Paatsalu_vallavalitsus, lk 56
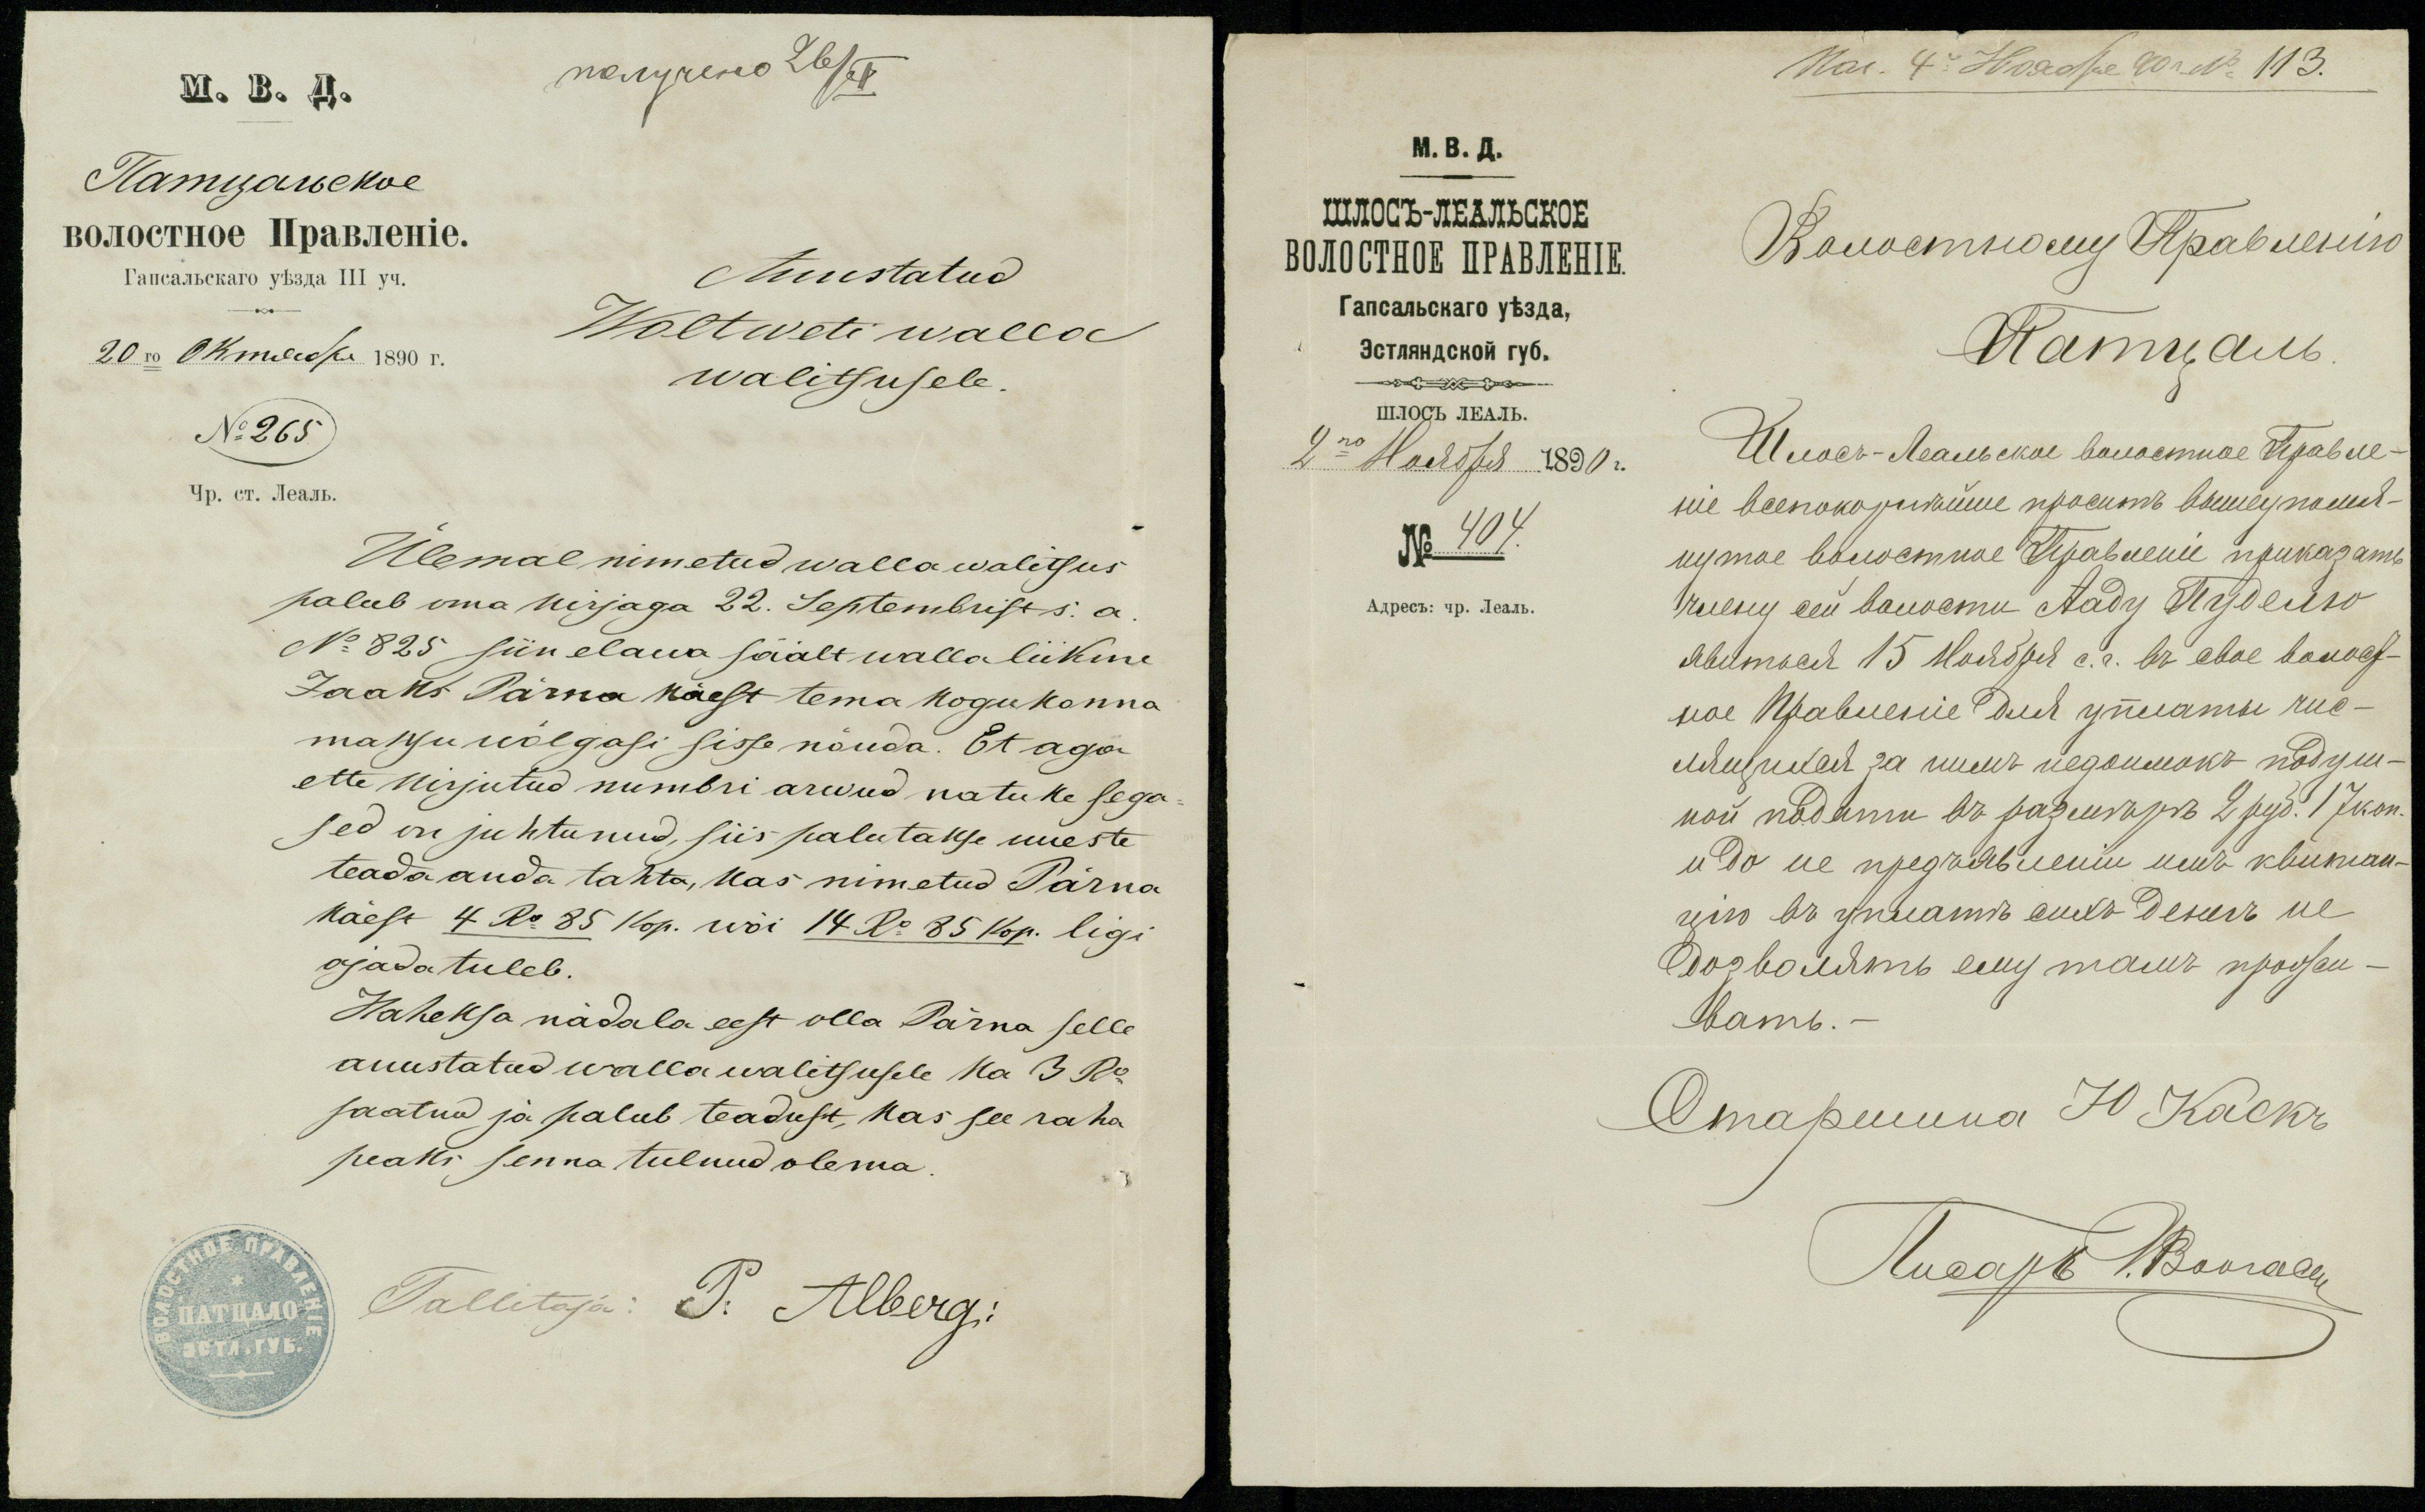
Auustatud
Woltweti walla
walitsusele.
No 265
Ülemal nimetud walla walitsus
palub oma kirjaga 22. Septembrist s:a.
No 825 siin elawa säält walla liikme
Jaaks Pärna käest tema kogukonna
maksu wõlgasi sisse nõuda. Et aga
ette kirjutud numbri arwud natuke sega-
sed on juhtunud, siis palutakse uueste
teada anda tahta, kas nimetud Pärna
käest 4 Ro 85 14 kop. wõi 14 Ro 85 kop. ligi
ajada tuleb.
Kaheksa nädala eest olla Pärna selle
auustatud wallawalitsusele ka 3 Ro
saatnu ja palub teadust, kas see raha
peaks senna tulnud olema.
Tallitaja: P: Alberg: